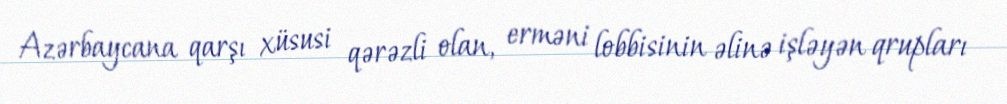
Azərbaycana qarşı xüsusi qərəzli olan, erməni lobbisinin əlinə işləyən qrupları